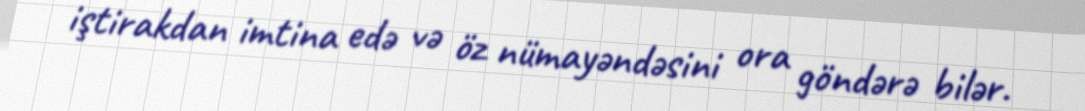
iştirakdan imtina edə və öz nümayəndəsini ora göndərə bilər.